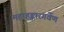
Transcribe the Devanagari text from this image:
महाहङ्कारगर्वेण